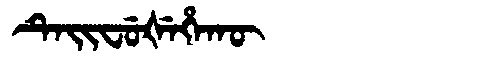
Manchu: ᡨᡝᡳᠸᡠᡧᡝᡥᠠᡴᡡ
Romanization: TEIFUŠEHAKŪ